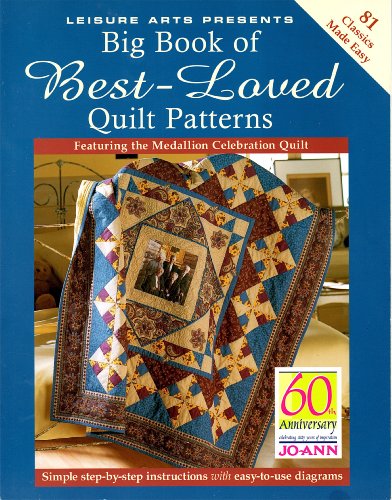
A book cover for Big Book of Best Loved Quilt Patterns; Leisure Arts; Crafts, Hobbies & Home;